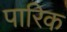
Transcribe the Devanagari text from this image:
पारिक